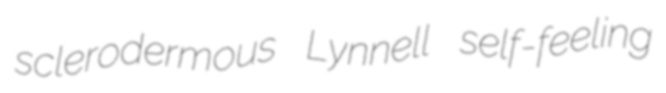
sclerodermous Lynnell self-feeling